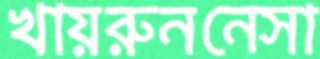
খায়রুননেসা